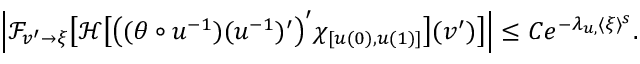
\begin{array} { r } { \left| \mathcal { F } _ { v ^ { \prime } \to \xi } \big [ \mathcal { H } \big [ \big ( ( \theta \circ u ^ { - 1 } ) ( u ^ { - 1 } ) ^ { \prime } \big ) ^ { \prime } \chi _ { [ u ( 0 ) , u ( 1 ) ] } \big ] ( v ^ { \prime } ) \big ] \right| \leq C e ^ { - \lambda _ { u , \th } \langle \xi \rangle ^ { s } } . } \end{array}